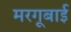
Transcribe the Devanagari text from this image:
मरगूबाई